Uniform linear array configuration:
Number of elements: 8
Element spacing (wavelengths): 0.5
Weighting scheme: hamming
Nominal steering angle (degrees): -30
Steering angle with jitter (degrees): -30.813
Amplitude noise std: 0.05
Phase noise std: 0.05

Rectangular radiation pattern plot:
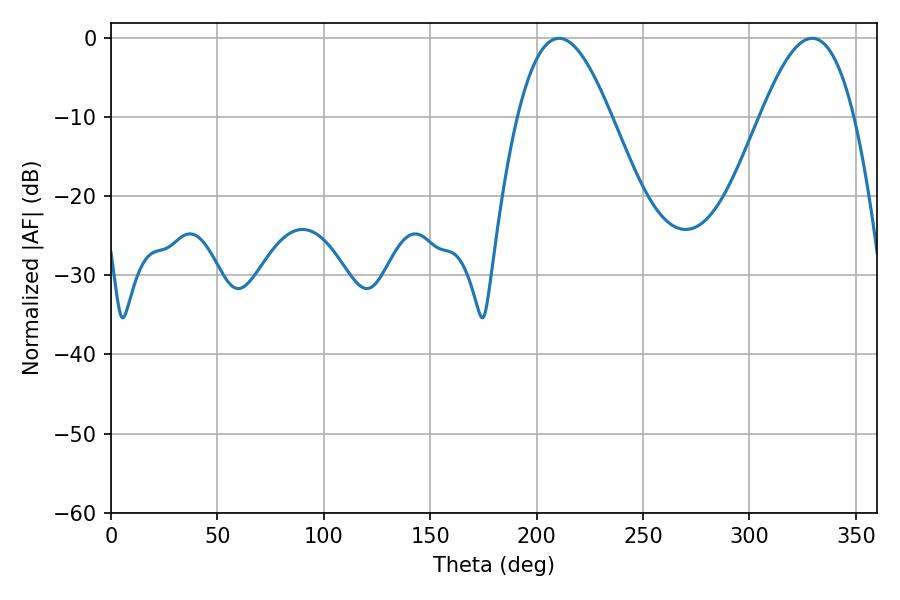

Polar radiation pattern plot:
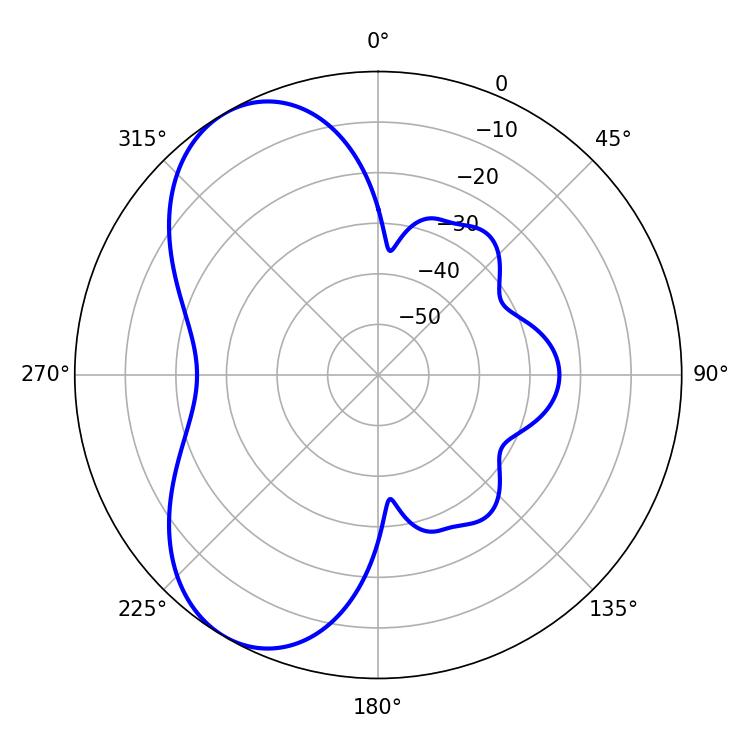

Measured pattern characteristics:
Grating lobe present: FALSE
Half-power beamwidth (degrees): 23.94
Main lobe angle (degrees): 210.6